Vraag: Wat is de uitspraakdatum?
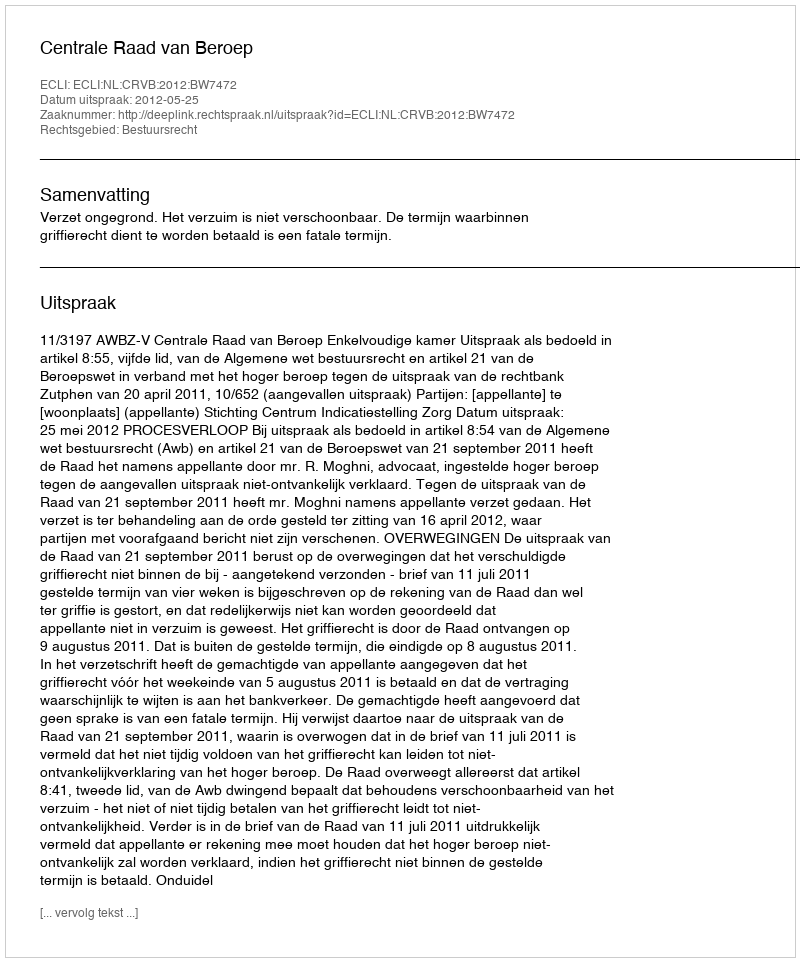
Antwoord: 2012-05-25